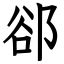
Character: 郤